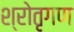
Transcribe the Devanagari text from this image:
श्रोतृगण